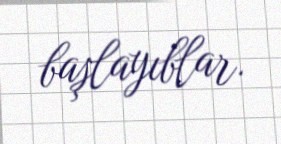
başlayıblar.